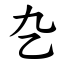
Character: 㐇